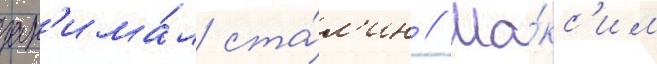
зан'има́л ста́л'ин // Ма́кс'им